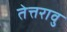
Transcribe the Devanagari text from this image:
तेत्तरावु